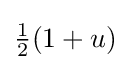
\textstyle {\frac {1}{2}}(1+u)